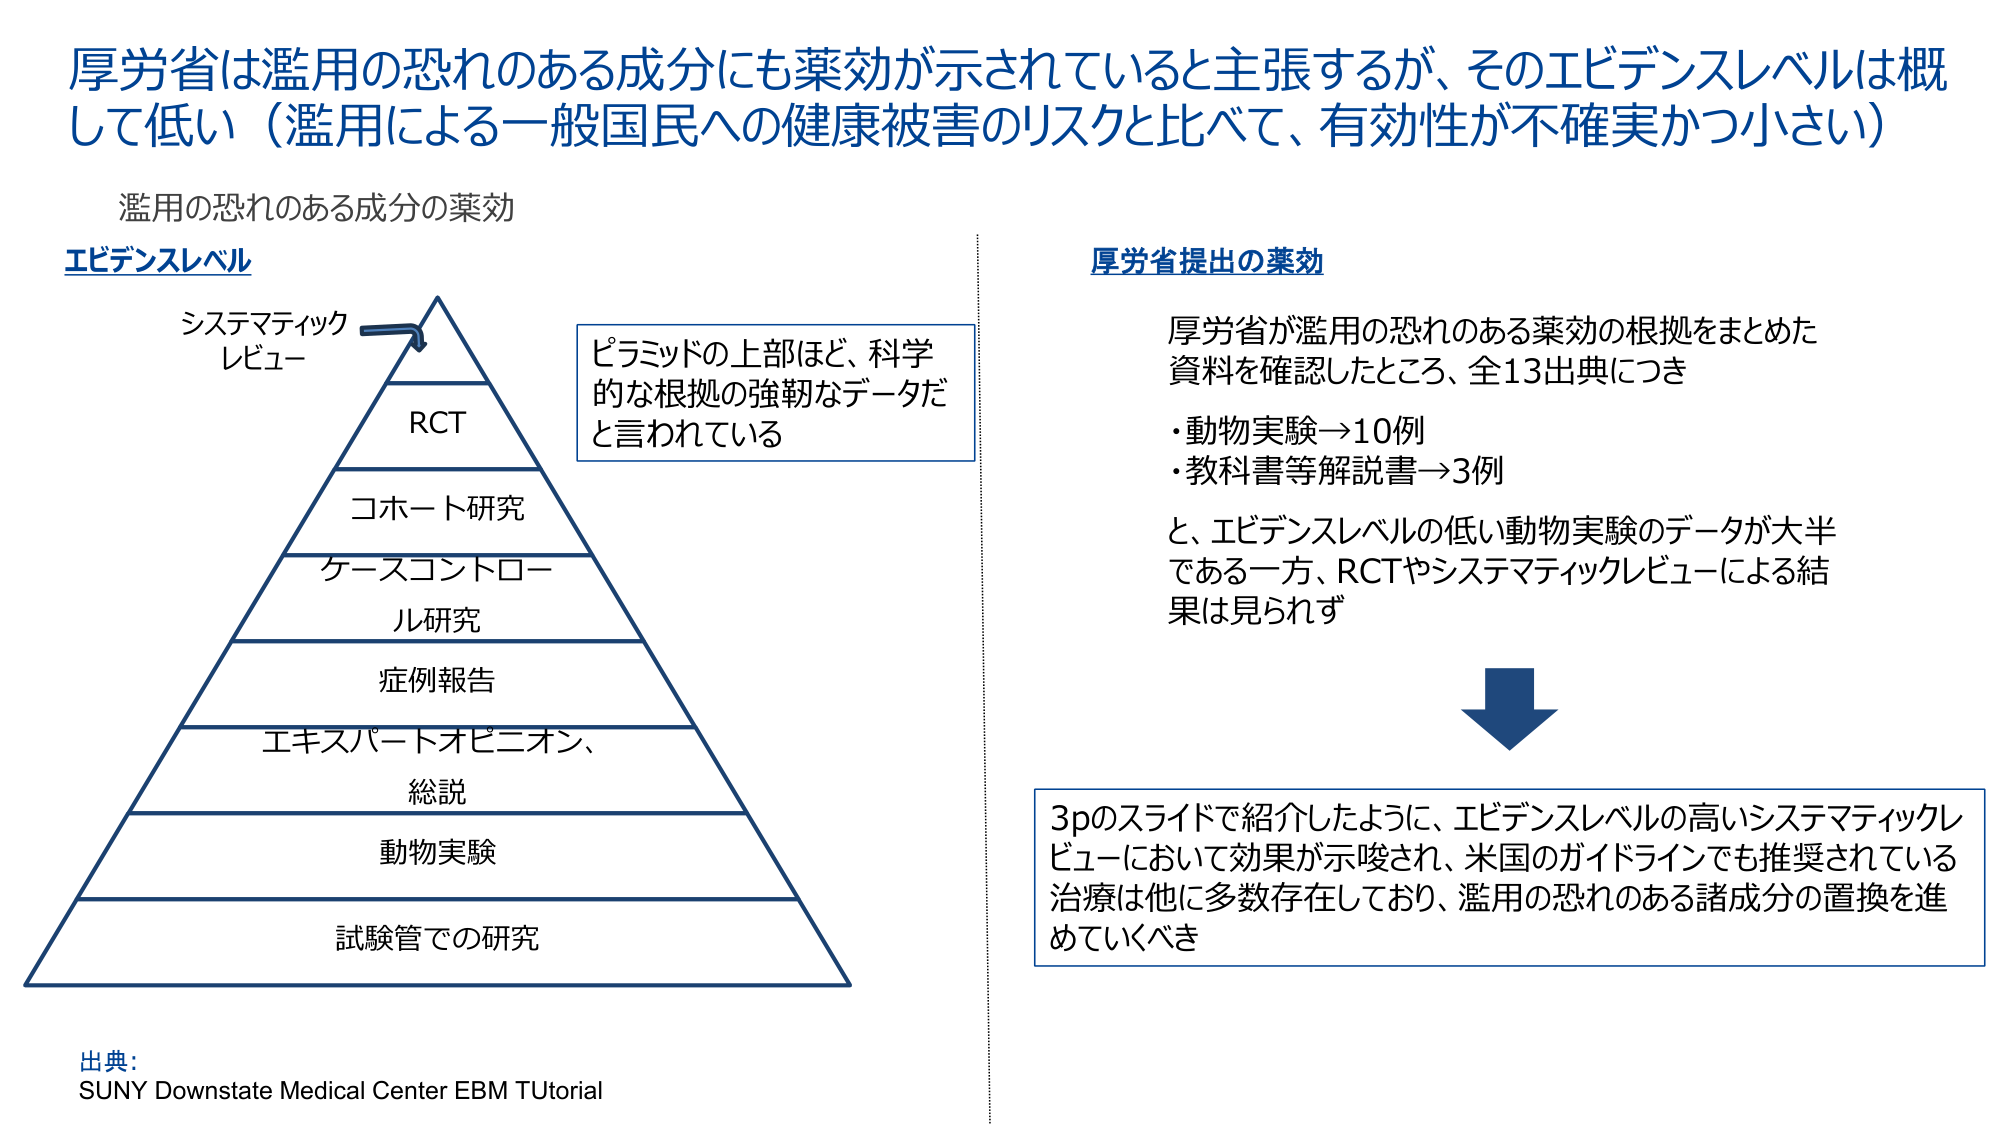
厚労省は濫用の恐れのある成分にも薬効が示されていると主張するが、そのエビデンスレベルは概して低い（濫用による一般国民への健康被害のリスクと比べて、有効性が不確実かつ小さい）

濫用の恐れのある成分の薬効

エビデンスレベル

システムティック
レビュー

RCT

コホート研究

ケースコントロール研究

症例報告

エキスパートオピニオン、
総説

動物実験

試験管での研究

ピラミッドの上部ほど、科学的な根拠の強靭なデータだと言われている

厚労省提出の薬効

厚労省が濫用の恐れのある薬効の根拠をまとめた資料を確認したところ、全13出典につき
・動物実験→10例
・教科書等解説書→3例
と、エビデンスレベルの低い動物実験のデータが大半である一方、RCTやシステマティックレビューによる結果は見られず

3pのスライドで紹介したように、エビデンスレベルの高いシステマティックレビューにおいて効果が示唆され、米国のガイドラインでも推奨されている治療は他に多数存在しており、濫用の恐れのある諸成分の置換を進めていくべき

出典：
SUNY Downstate Medical Center EBM TUTORIAL